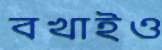
বখাইও